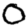
Digit: 0